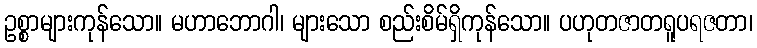
ဥစ္စာများကုန်သော။ မဟာဘောဂါ၊ များသော စည်းစိမ်ရှိကုန်သော။ ပဟုတဇာတရူပရဇတာ၊